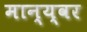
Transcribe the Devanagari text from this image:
मान्य्वर